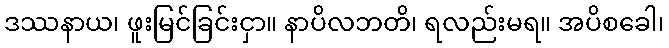
ဒဿနာယ၊ ဖူးမြင်ခြင်းငှာ။ နာပိလဘတိ၊ ရလည်းမရ။ အပိစခေါ၊